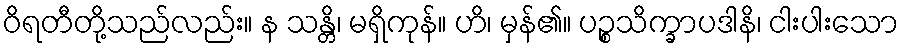
ဝိရတီတို့သည်လည်း။ န သန္တိ၊ မရှိကုန်။ ဟိ၊ မှန်၏။ ပဉ္စသိက္ခာပဒါနိ၊ ငါးပါးသော